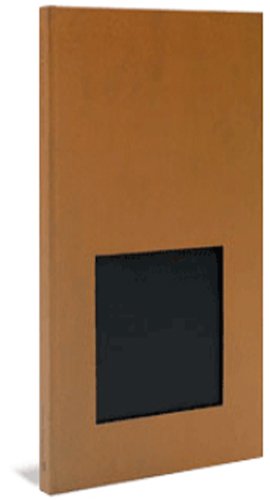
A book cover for Anish Kapoor; Arts & Photography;